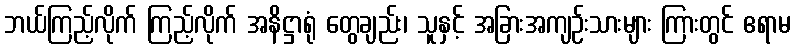
ဘယ်ကြည့်လိုက် ကြည့်လိုက် အနိဋ္ဌာရုံ တွေချည်း၊ သူနှင့် အခြားအကျဉ်းသားများ ကြားတွင် ဧရာမ